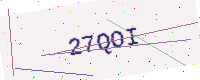
Text: 27QOI